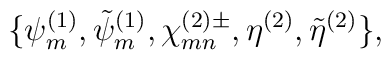
\{\psi^{(1)}_m , \tilde\psi^{(1)}_m, \chi^{(2)\pm}_{mn},  \eta^{(2)}, \tilde\eta^{(2)}\},